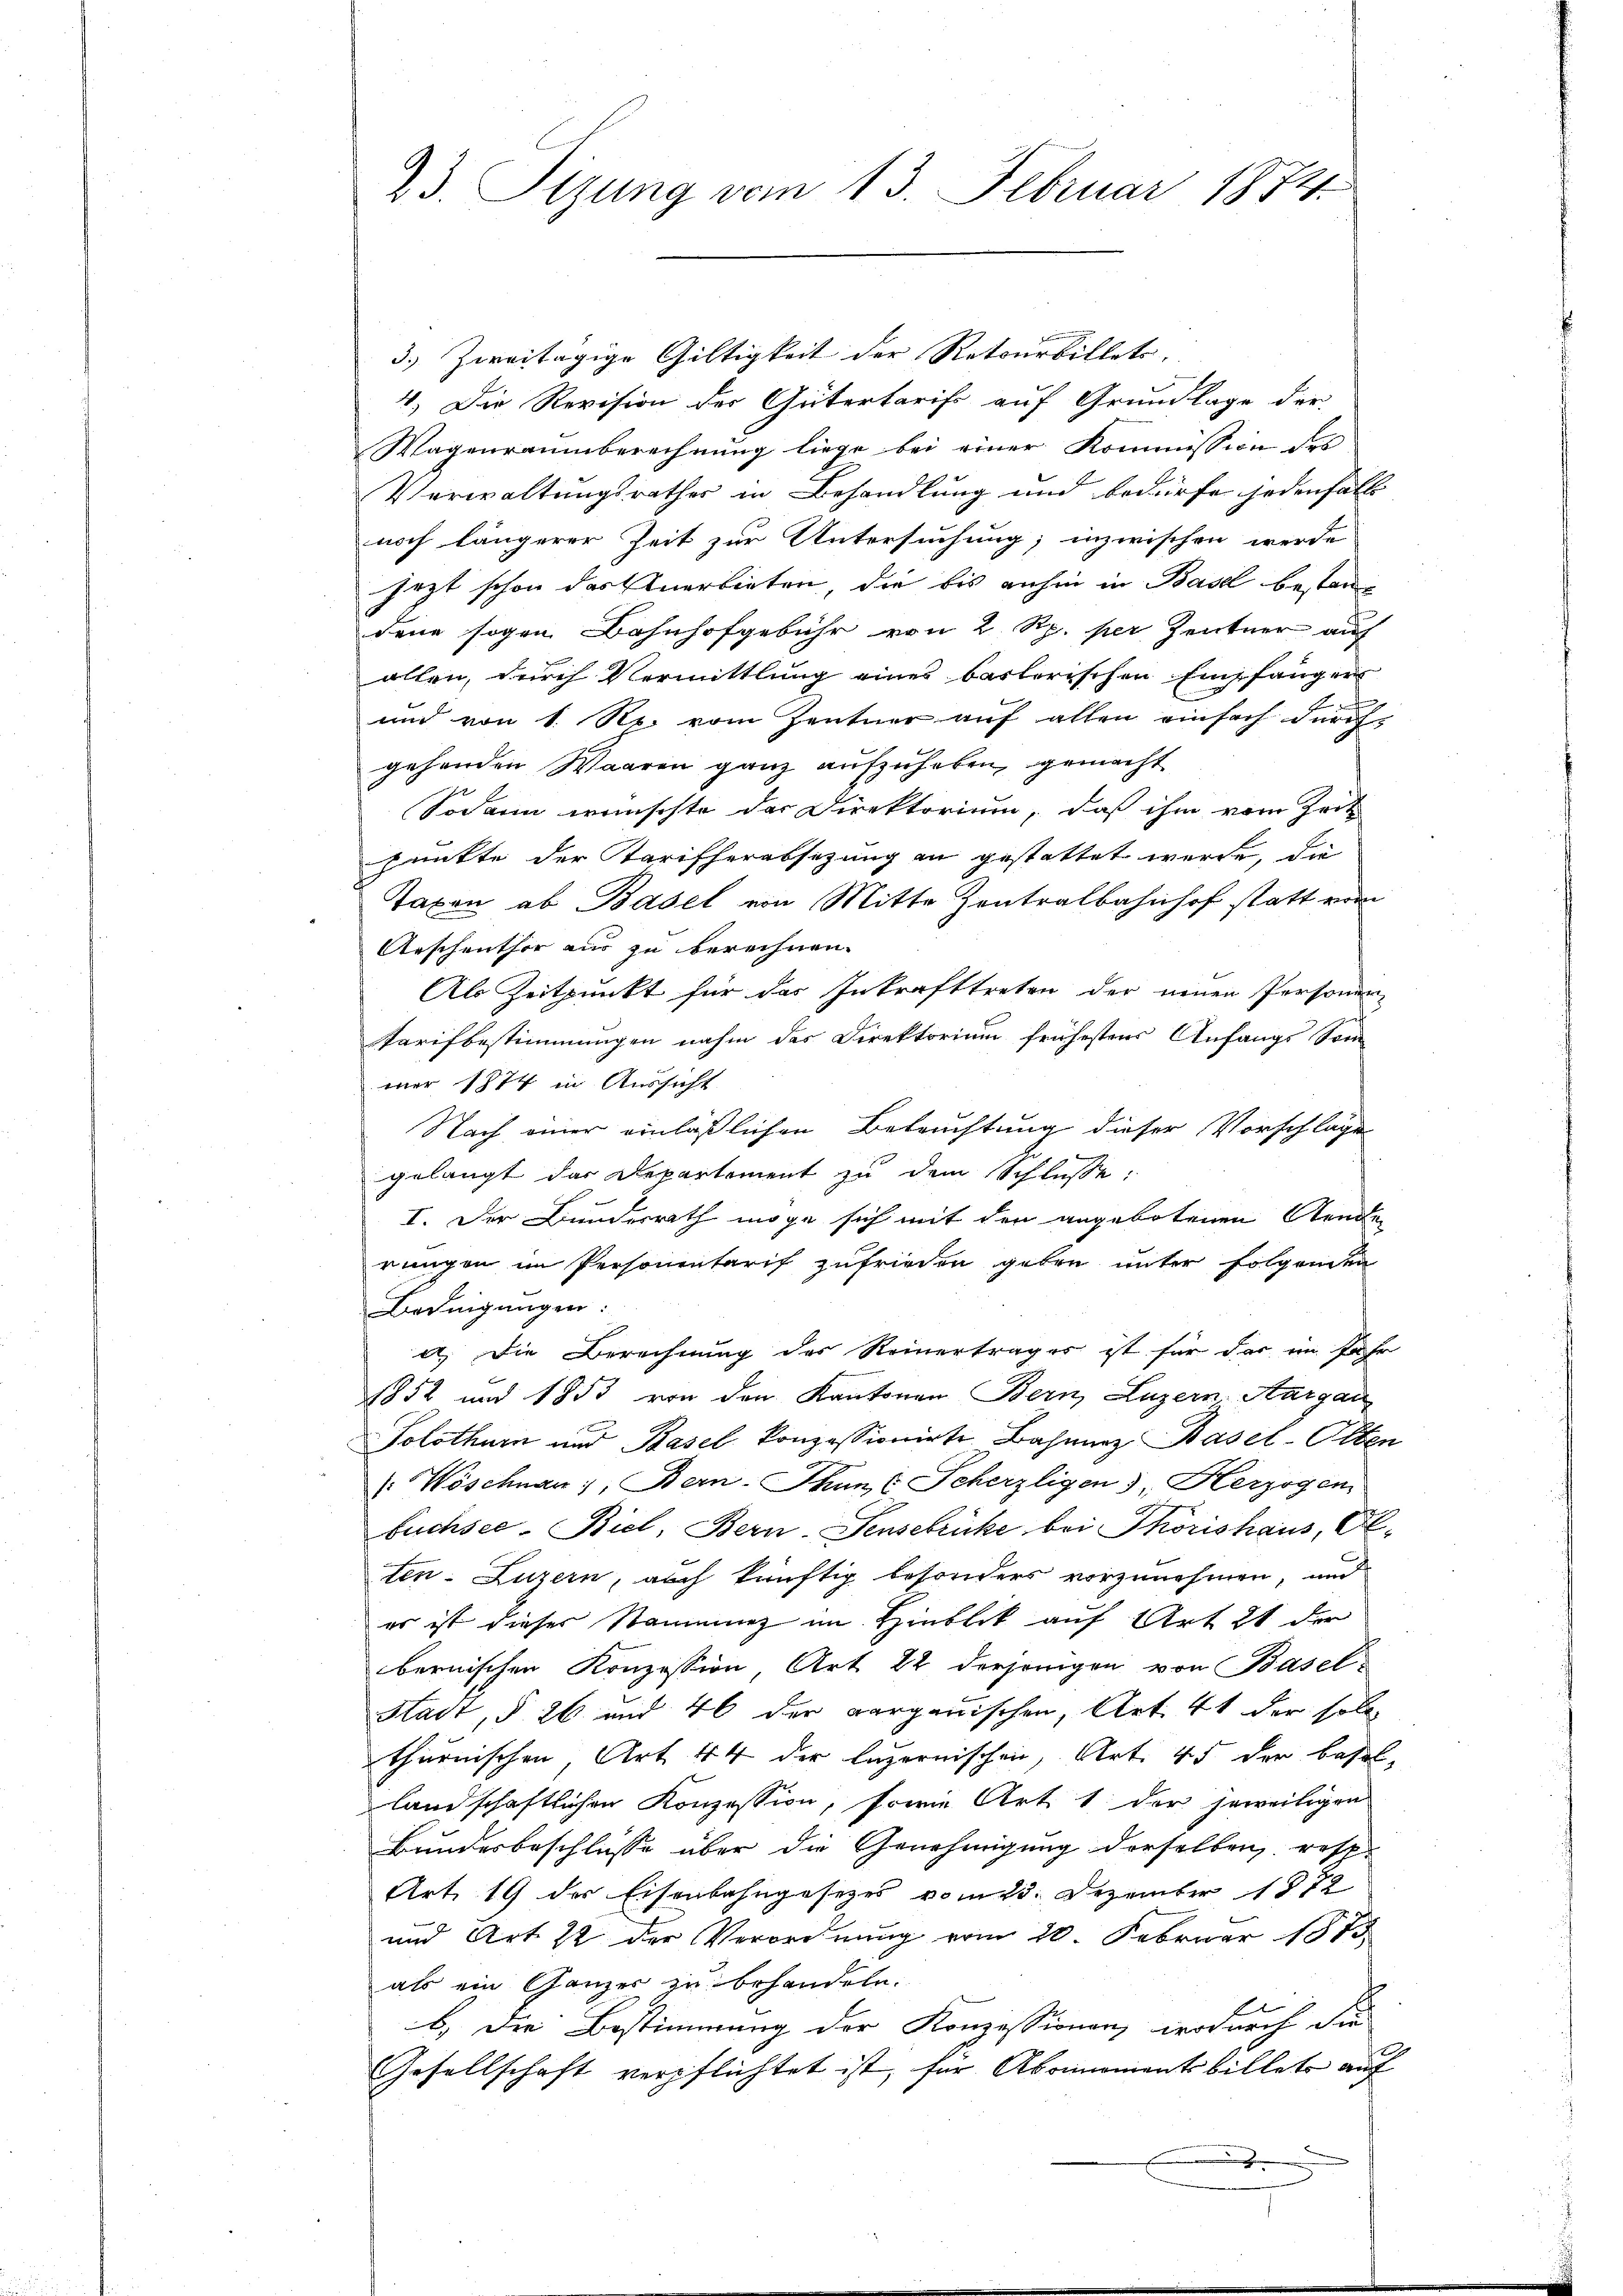
23. Sizung vom 13. Februar 1874.

3.) Zweitägige Gültigkeit der Retourbillets
4.) Die Revision der Gütertarifs auf Grundlage der
Wagenraumberechnung liege bei einer Kommission des
Verwaltungsrathes in Behandlung und bedürfe jedenfalls
noch längerer Zeit zur Untersuchung; inzwischen werde
jezt schon das Anerbieten, die bis anhin in Basel bestan
dene sogen Bahnhofgebühr von 2 Rp. per Zentner auf
allen, durch Vermittlung eines baslerischen Empfangen
f
und von 1. Se. vom Zentner auf allen einfach durch
gehenden Waaren ganz aufzuheben, gemacht
Sodann wünschte der Direktorium, daß ihm vom Zeit
punkte der Tarifherabsetzung an gestattet werde, die
Taxen ab Basel von Mitte Zentralbahnhof statt vom
Aeschenthor aus zu berechnen.
Als Zeitpunkt für das Inkrafttreten der neuen Personen-
Tarifbestimmungen nahm des Direktorium frühestens Anfangs Som
mer 1874 in Aussicht
Nach einer einläßlichen Betruchtung dieser Vorschlage
gelangt das Departement zu dem Schlüsse:
I. Der Bundesrath möge sich mit den angebotenen Aende
rungen im Personentarif zufrieden geben unter folgenden
Bedingungen:
a. Die Berechnung des Reinerträger ist für das im Jahr
1852 und 1853 von den Kantonen Bern, Luzern, Aargau
Solothurn und Basel konzessionirte Bahner Basel-Olten
Wöschnau), Bern. Thun, (Scherzligen 5. Herzogen
büchsee-Biel, Bern, Sensebrücke bei Thorishaus, Ol.
ten. Luzern, auch künftig besonders vorzunehmen, und
es ist dieser Stammung im Hinblick auf Art 21 der
bernischen Konzession, Art. 22 derjenigen von Basel-
Stadt, § 26 und 46 der aargauischen, Art. 41 der soll
thurnischen, Art. 44 der luzernischen, Art. 45 der Basel-
landschaftlichen Konzession, sowie Art. 1 der jeweiligen
Bundesbeschlüsse über die Genehmigung derselben resp.
Art. 19 des Eisenbahngesezes vom 25. Dezember 1872
und Art. 22 der Verordnung vom 20. Februar 1875
als ein Ganzer zu behandeln.
b. Die Bestimmung der Konzessionen, wodurch die
Gesellschaft verpflichtet ist, für Abonomentsbillets auf